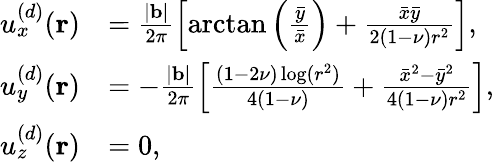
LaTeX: \begin{array}{rl}{u_{x}^{(d)}(\mathbf{r})}&{=\frac{|\mathbf{b}|}{2\pi}\left[\arctan\left(\frac{\bar{y}}{\bar{x}}\right)+\frac{\bar{x}\bar{y}}{2(1-\nu)r^{2}}\right],}\\ {u_{y}^{(d)}(\mathbf{r})}&{=-\frac{|\mathbf{b}|}{2\pi}\left[\frac{(1-2\nu)\log(r^{2})}{4(1-\nu)}+\frac{\bar{x}^{2}-\bar{y}^{2}}{4(1-\nu)r^{2}}\right],}\\ {u_{z}^{(d)}(\mathbf{r})}&{=0,}\end{array}